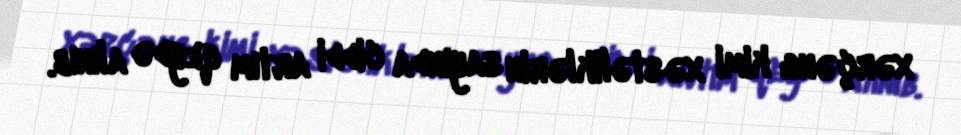
xərçəng kimi xəstəliklərin sayında ciddi artım qeydə alınıb.